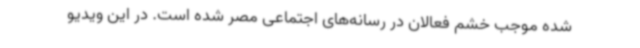
شده موجب خشم فعالان در رسانه‌های اجتماعی مصر شده است. در این ویدیو